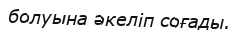
болуына әкеліп соғады.